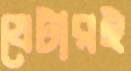
যেটারই